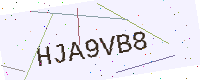
Text: HJA9VB8